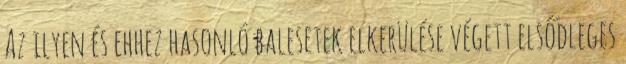
Az ilyen és ehhez hasonló balesetek elkerülése végett elsődleges